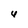
Character: U